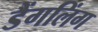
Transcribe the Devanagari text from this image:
डैंगलिंग